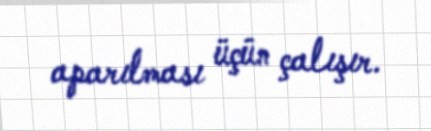
aparılması üçün çalışır.